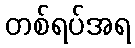
တစ်ရပ်အရ